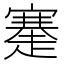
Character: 䞿